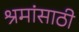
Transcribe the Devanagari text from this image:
श्रमांसाठी